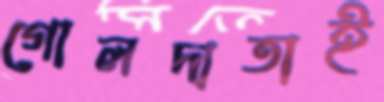
গোলদাতাই